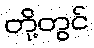
တို့တွင်